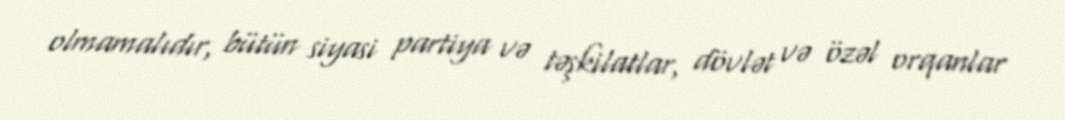
olmamalıdır, bütün siyasi partiya və təşkilatlar, dövlət və özəl orqanlar